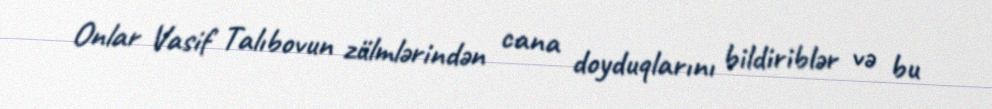
Onlar Vasif Talıbovun zülmlərindən cana doyduqlarını bildiriblər və bu